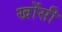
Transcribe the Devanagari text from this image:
खोंसी